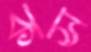
কস